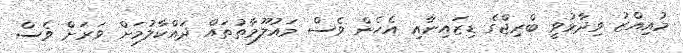
މުއިއްޒު ވިދާޅުވީ ބްރިޖްގެ ޑިޒައިނާއި އެހެން ވެސް މައުލޫމާތުތައް ދައްކާލުމަށް ވަރަށް ވެސް